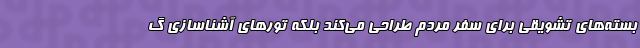
بسته‌های تشویقی برای سفر مردم طراحی می‌کند بلکه تورهای آشناسازی گ